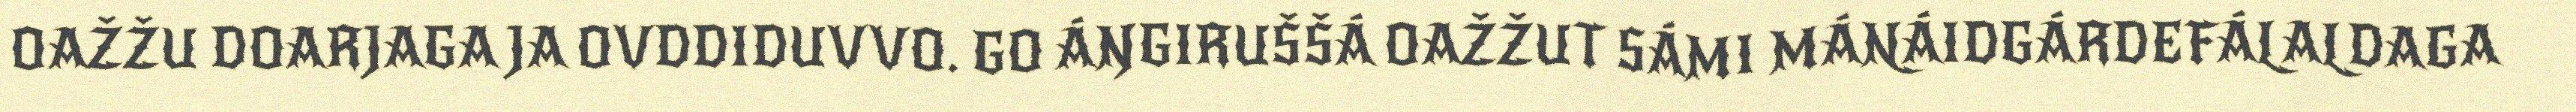
OAŽŽU DOARJAGA JA OVDDIDUVVO. GO ÁŊGIRUŠŠÁ OAŽŽUT SÁMI MÁNÁIDGÁRDEFÁLALDAGA